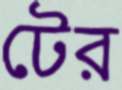
টের